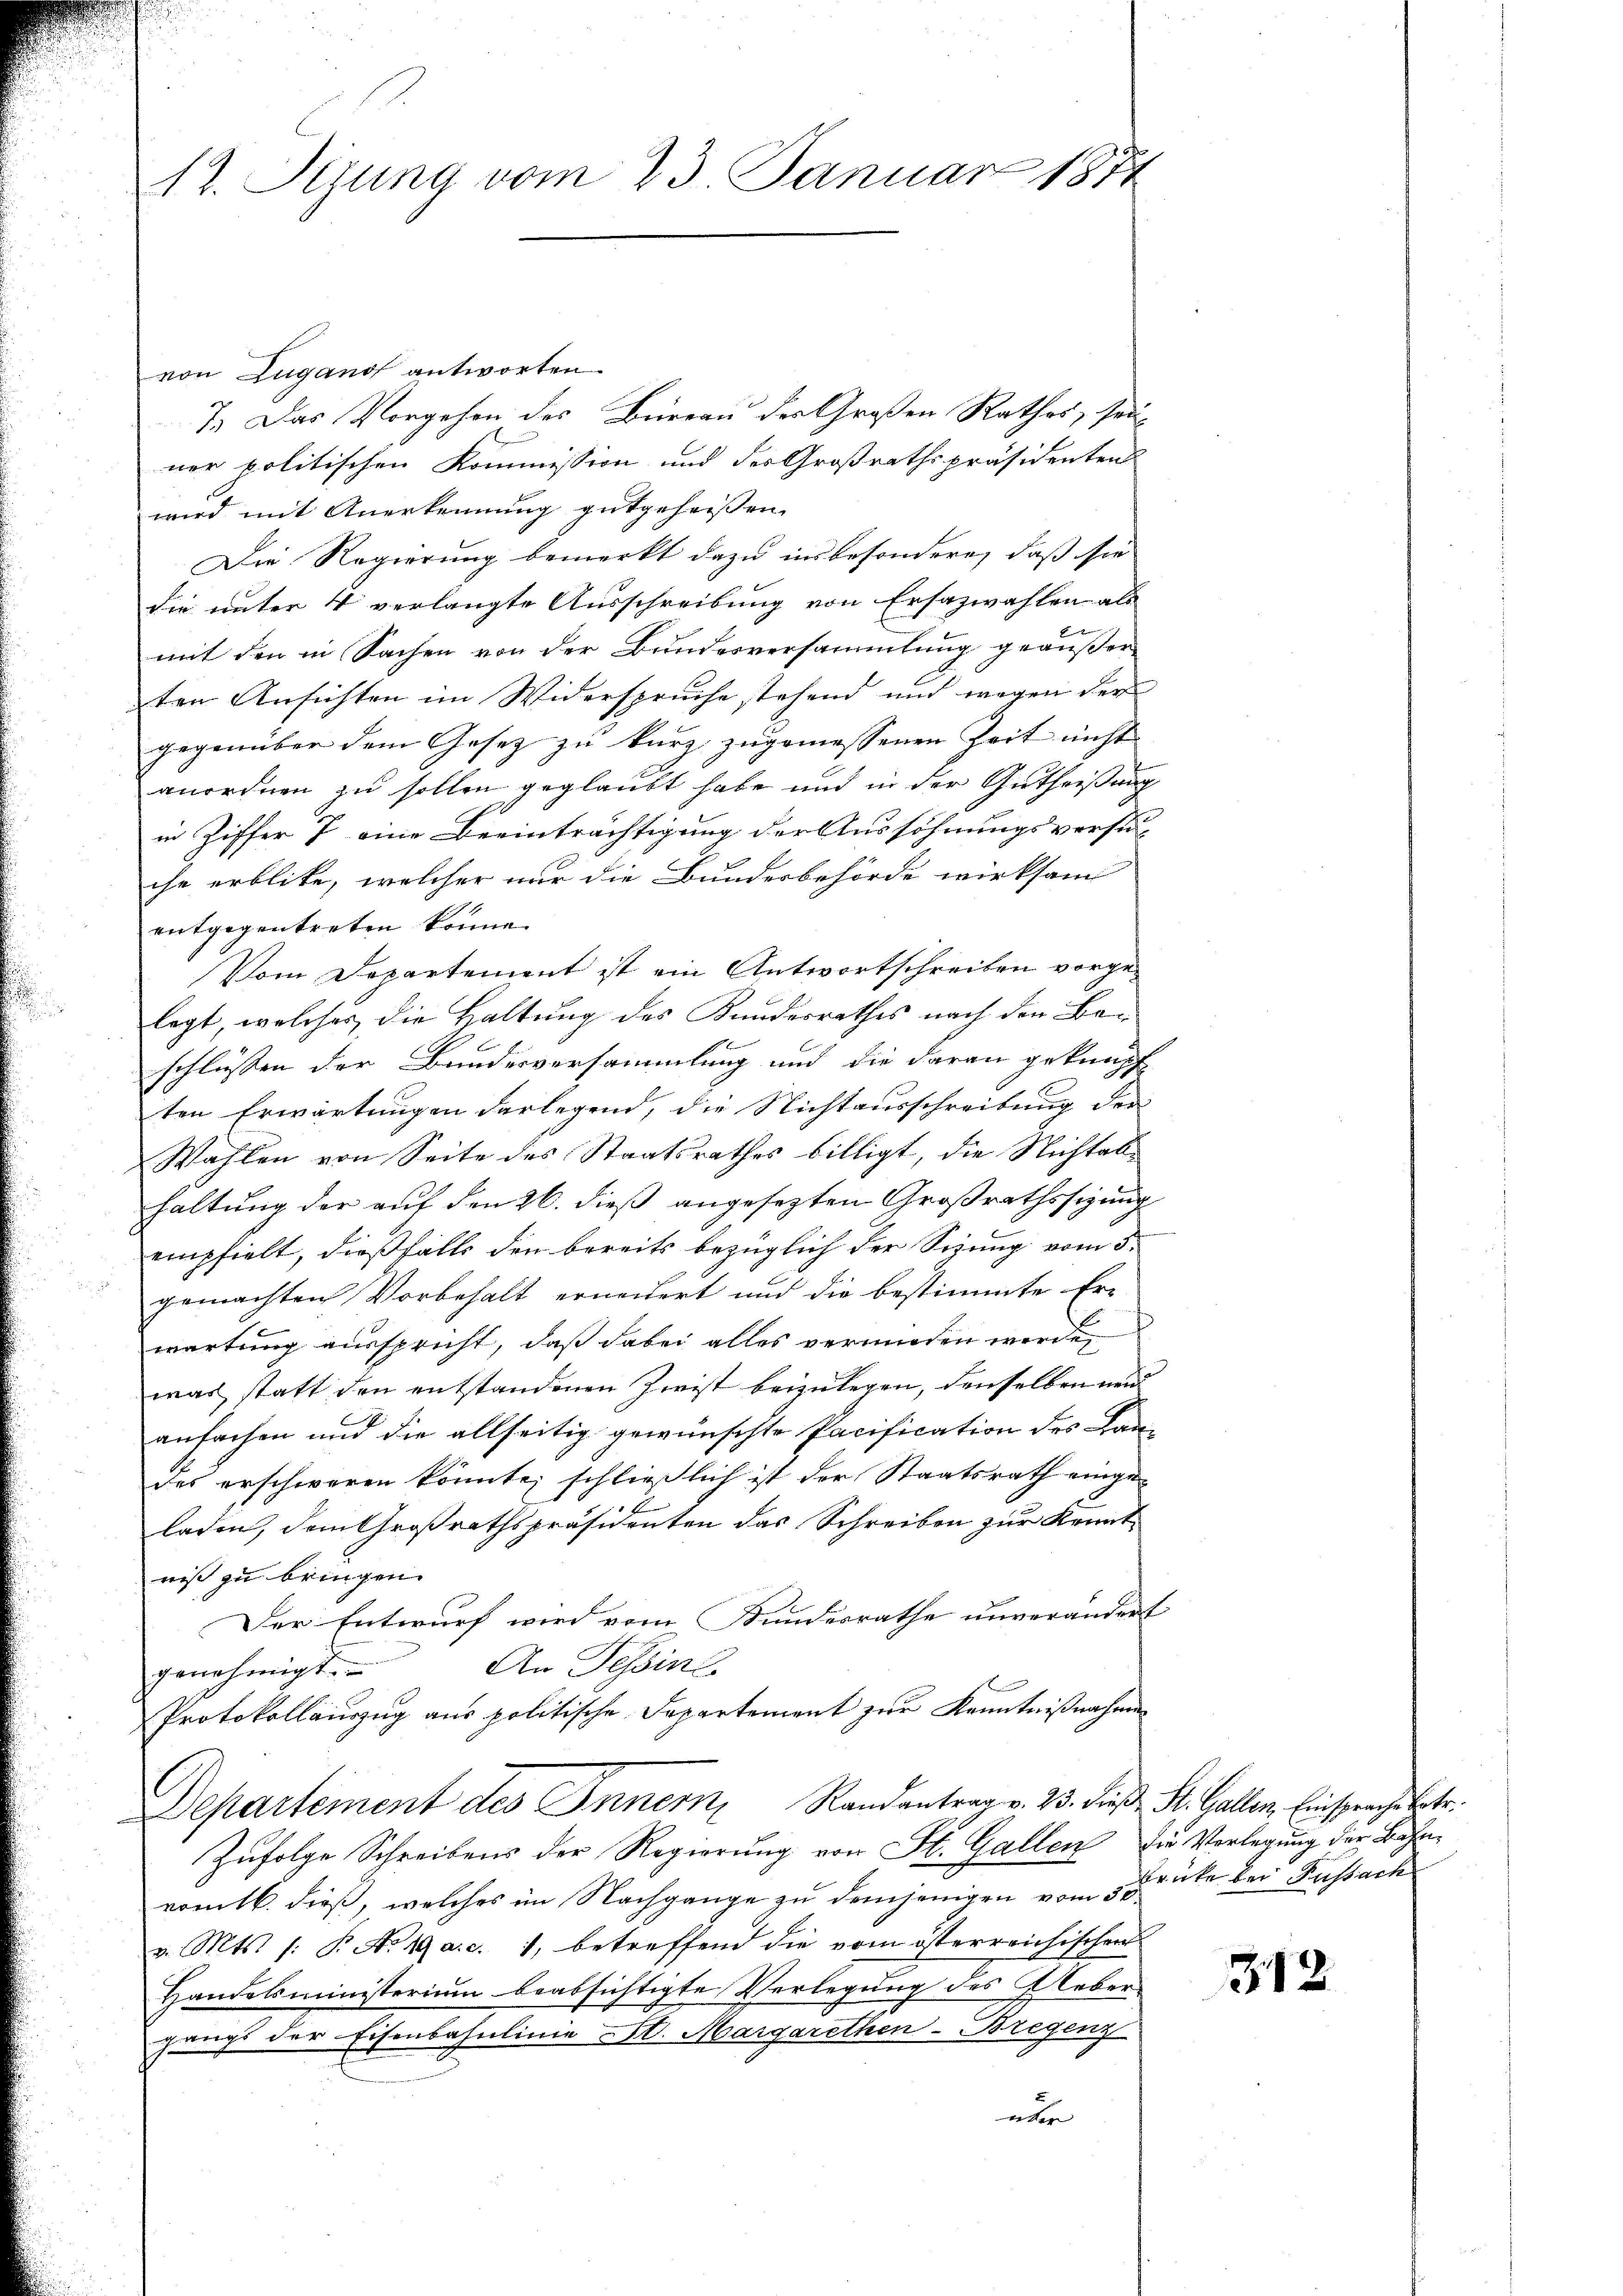
12. Sizung vom 23. Januar 1874

von Zugano antworten.
7.) Das Vorgehen des Büreau der Großen Rathes, sei
ner politischen Kommission und des Großrathspräsidenten
wird mit Anerkennung gutgeheissen.
Die Regierung bemerkt dazu insbesondere, daß sie
die unter 4 verlangte Ausschreibung von Ersazwahlen als
mit den in Sachen von der Bundesversammlung geäußer
ten Ansichten im Widerspruche stehend und wegen der
gegenüber dem Gesetz zu kurz zugemessenen Zeit nicht
anordnen zu sollen geglaubt habe und in der Gutheißung
in Ziffer 7 eine Beeinträchtigung der Aussöhnungsverstüche erblicke, welcher nur die Bundesbehörde wirksam
entgegentreten könne.
Vom Departement ist ein Antwortschreiben vorgelegt, welches die Haltung des Kundesrathes nach den Baschlüssen der Bundesversammlung und die daran geknüpf
ten Erwartungen darlegend, die Nichtausschreibung der
Wahlen von Seite des Staatsrathes billigt, die Nichtallhaltung der auf den 26. dieß angesezten Großrathssigung
empfielt, dießfalls den bereits bezüglich der Sizung vom 5.
gemachten Vorbehalt ernendert und die bestimmte Er-
wartung ausspricht, daß dabei alles vermieden werde,
was statt den entstandenen Zwist beizulegen, denselben und
anfachen und die allseitig gewünschte Pacification des Lan-
des erschweren könnte, schließlich ist der Staatsrath einge-
laden, dem Großrathspräsidenten das Schreiben zur Kennt
niß zu bringen.
Der Entwurf wird vom Bundesrathe unverändert
genehmigt. An Tessins
Protokollauszug aus politische Departement zur Kenntnißnahmen
Departement des Inner, Randantrag v. 23. dieß St. Gallen, Einsprache betr.
Zufolge Schreibens der Regierung von St. Gallen die Verlegung der Bahn-
romtb. dieß, welches im Nachgange zu demjenigen vom 5 Brücke der Kassach
v. Mts. /: P. No 19 a. c. 1, betreffend die vom österreichischen
Handelsministerium beabsichtigte Verlegung des Uebergangs der Eisenbahnlinie St. Margarethen-Bregenz
über

312